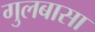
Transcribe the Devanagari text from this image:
गुलबासा